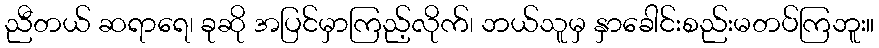
ညီတယ် ဆရာရေ၊ ခုဆို အပြင်မှာကြည့်လိုက်၊ ဘယ်သူမှ နှာခေါင်းစည်းမတပ်ကြဘူး။